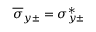
\overline { { \sigma } } _ { y \pm } = \sigma _ { y \pm } ^ { * }